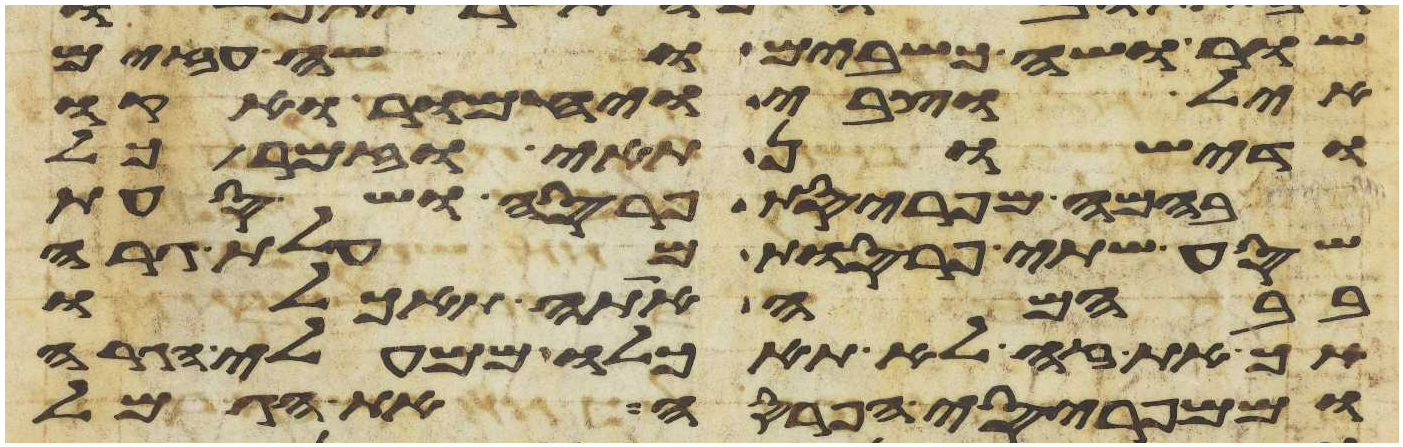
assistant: שור ושה כשבים ושה עזים
איל וצבי ויחמור אקו
ודישון ותאי וזמר כל
בהמה מפריסת פרסה ושסעת
שסע שתי פרסות מעלות גרה
בבהמה אתה תאכלו
אך את זה לא תאכלו ממעלי הגרה
וממפריסי הפרסה את הגמל